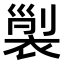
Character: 𧚲